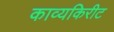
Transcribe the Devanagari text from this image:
काव्यकिरीट